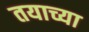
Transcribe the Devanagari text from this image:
तयाच्या